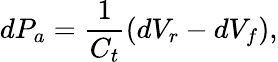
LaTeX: dP_{a}=\frac{1}{C_{t}}(dV_{r}-dV_{f}),